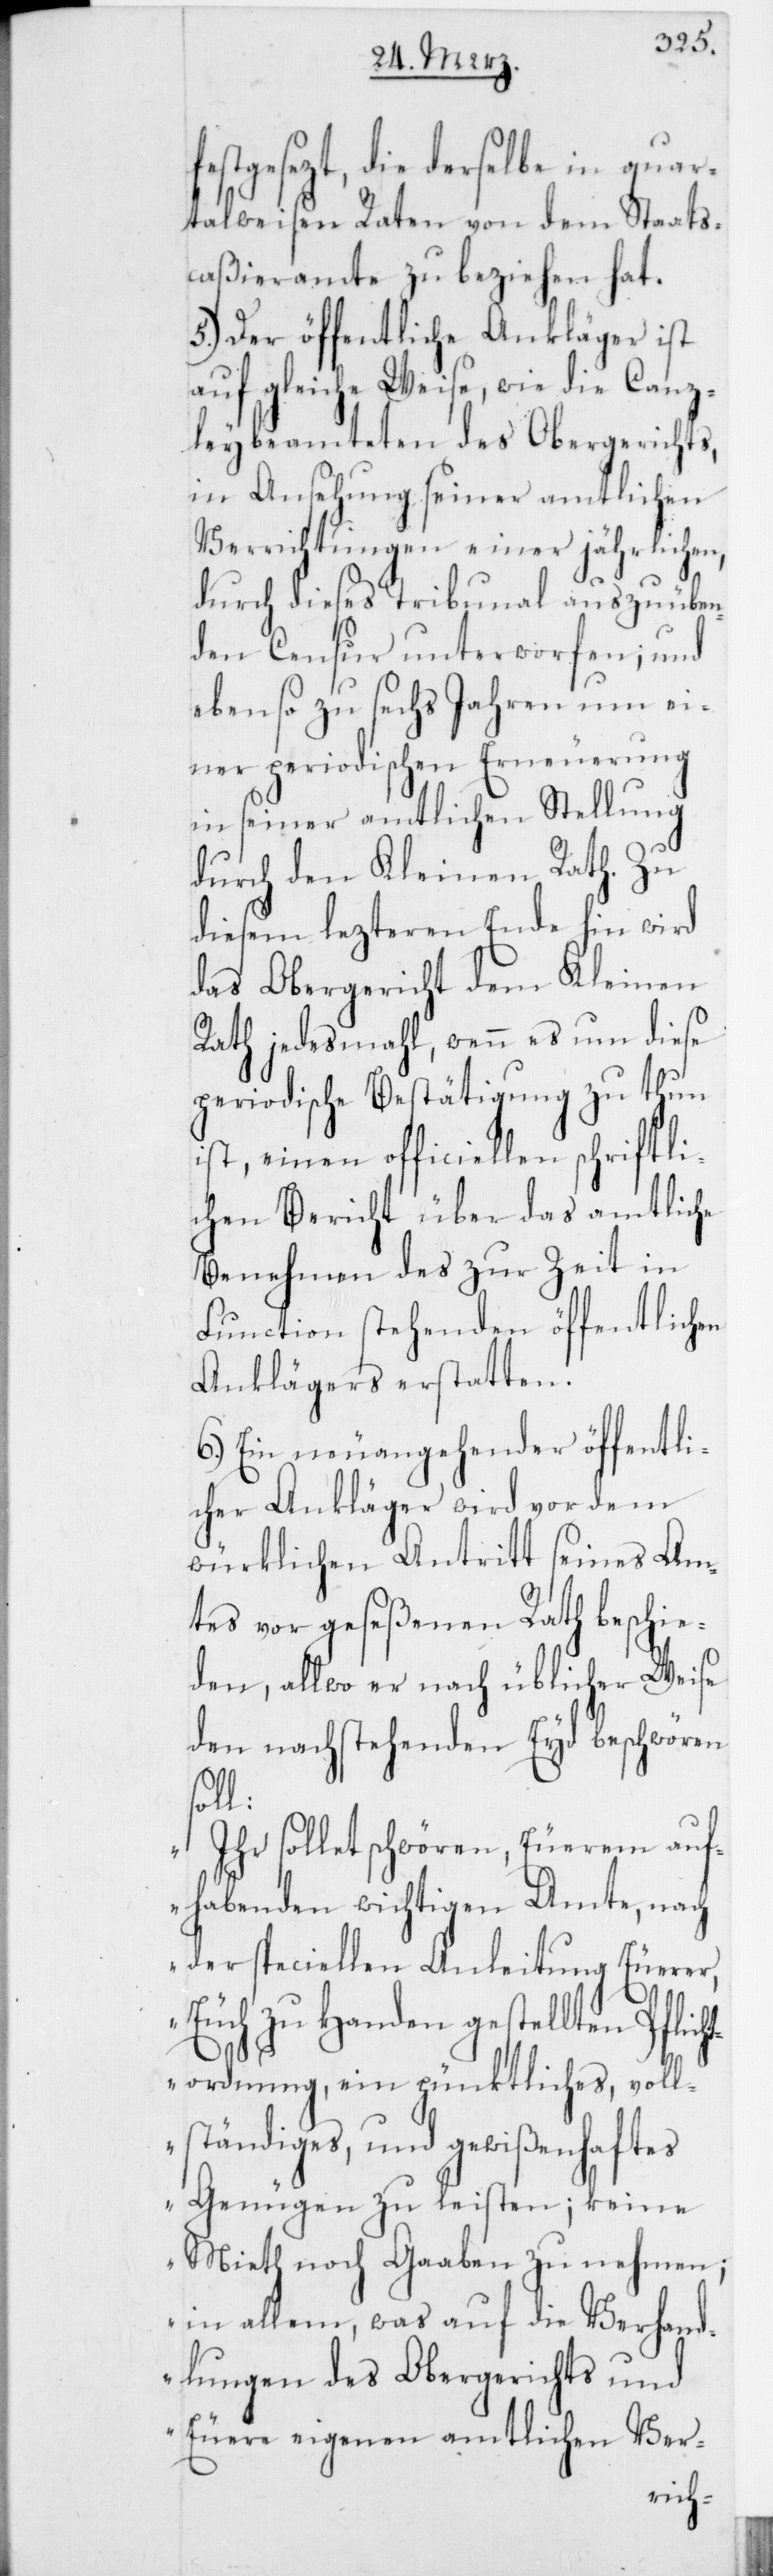
festgesezt, die derselbe in quar¬
talweisen Raten von dem Staats¬
caßieramte zu beziehen hat.
5.) Der öffentliche Ankläger ist
auf gleiche Weise, wie die Canz¬
leybeamteten des Obergerichts,
in Ansehung seiner amtlichen
Verrichtungen einer jährlichen,
durch dieses Tribunal auszuüben¬
den Censur unterworfen; und
ebenso zu sechs Jahren um ei¬
ner periodischen Erneuerung
in seiner amtlichen Stellung
durch den Kleinen Rath. Zu
diesem lezteren Ende hin wird
das Obergericht dem Kleinen
Rath jedesmahl, wenn es um diese
periodische Bestätigung zu thun
ist, einen officiellen schriftli¬
chen Bericht über das amtliche
Benehmen des zur Zeit in
Function stehenden öffentlichen
Anklägers erstatten.
6.) Ein neuangehender öffentli¬
cher Ankläger wird vor dem
würklichen Antritt seines Am¬
tes vor geseßenen Rath beschie¬
den, allwo er nach üblicher Weise
den nachstehenden Eyd beschwören
soll:
„Ihr sollet schwören, Euerem auf¬
habenden wichtigen Amte, nach
der speciellen Anleitung Euerer,
Euch zu Handen gestellten Pflic¬
htordnung, ein pünktliches, voll¬
ständiges, und gewißenhaftes
Genügen zu leisten; keine
Mieth noch Gaaben zu nehmen;
in allem, was auf die Verhand¬
lungen des Obergerichts und
Euere eigenen amtlichen Ver-